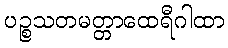
ပဉ္စသတမတ္တာထေရီဂါထာ